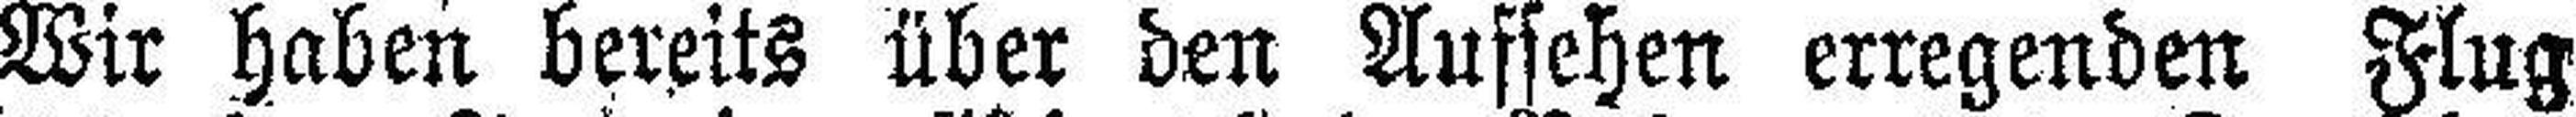
Wir haben bereits über den Aufsehen erregenden Flug